Papers set at the Examination for Leaving Certificates, 1895
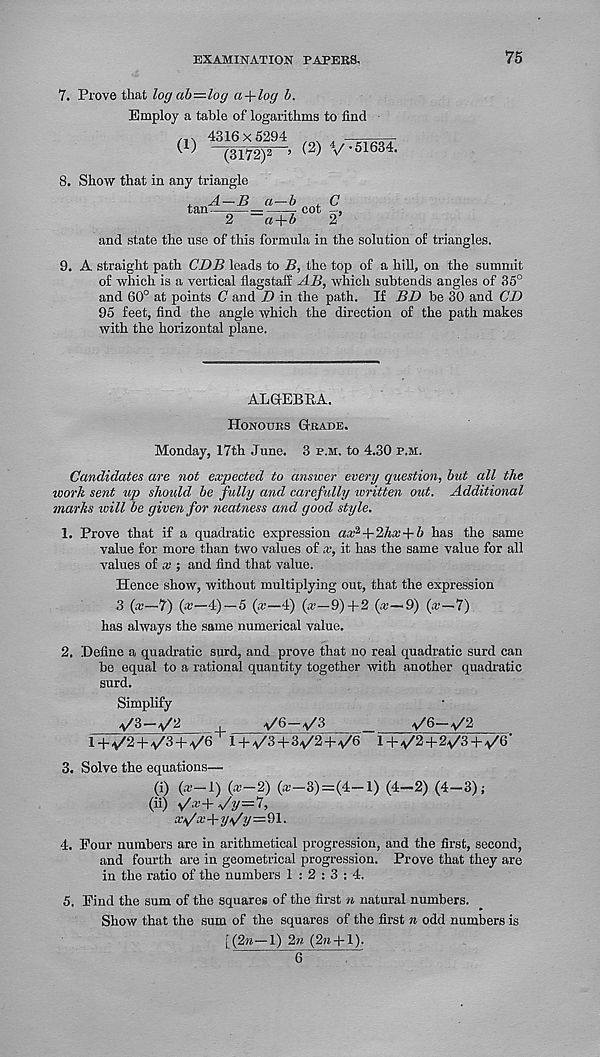
EXAMINATION PAPERS.
75
7. Prove that logab=-log a-\-log b.
Employ a table of logarithms to find
m 4316x5294
^ )
(3172)2 ’
8. Show that in any triangle
(2) V'51634.
tan A-B a-b , C
■
=- cot —,
z
a + b
2
and state the use of this formula in the solution of triangles.
9. A straight path CDB leads to B, the top of a hill, on the summit
of which is a vertical flagstaff AB, which subtends angles of 35°
and 60° at points C and D in the path. If BD be 30 and CD
95 feet, find the angle which the direction of the path makes
with the horizontal plane.
ALGEBRA.
Honours Grade.
Monday, 17th June. 3 p.m. to 4.30 p.m.
Candidates are not expected to answer every question, but all the
work sent up shoidd be fully and carefully written out. Additional
marks will be given for neatness and good style.
1. Prove that if a quadratic expression ax 2 ‘+2hx-\-b has the same
value for more than two values of x, it has the same value for all
values of x ; and find that value.
Hence show, without multiplying out, that the expression
3 (x—7) (*—4) —5 (x—4) (*—9)+2 (*—«9) («—7)
has always the same numerical value.
2. Define a quadratic surd, and prove that no real quadratic surd can
be equal to a rational quantity together with another quadratic
surd.
Simplify
V'S-^
4
_
\/6—a/2
1+v'2 + v '3 + ^/6 + 1 + a /3+3v , 2+a/6 14-^/2+2^/3+ ^6'
3. Solve the equations—
(i) (*_i) (x—2) (x 3)=(4—1) (4-2) (4-3);
(n) v / *+v / y=7,
xy/x+y*/y=Q\.
4. Pour numbers are in arithmetical progression, and the first, second,
and fourth are in geometrical progression. Prove that they are
in the ratio of the numbers 1 : 2 : 3 : 4.
5. Pind the sum of the squares of the first n natural numbers.
Show that the sum of the squares of the first n odd numbers is
[(2n—1) 2n (2m + 1).
6